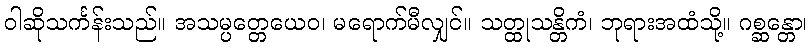
ဝါဆိုသင်္ကန်းသည်။ အသမ္ပတ္တေယေဝ၊ မရောက်မီလျှင်။ သတ္ထုသန္တိကံ၊ ဘုရားအထံသို့။ ဂစ္ဆန္တော၊